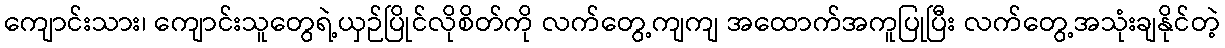
ကျောင်းသား၊ ကျောင်းသူတွေရဲ့ယှဉ်ပြိုင်လိုစိတ်ကို လက်တွေ့ကျကျ အထောက်အကူပြုပြီး လက်တွေ့အသုံးချနိုင်တဲ့